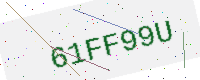
Text: 61FF99U